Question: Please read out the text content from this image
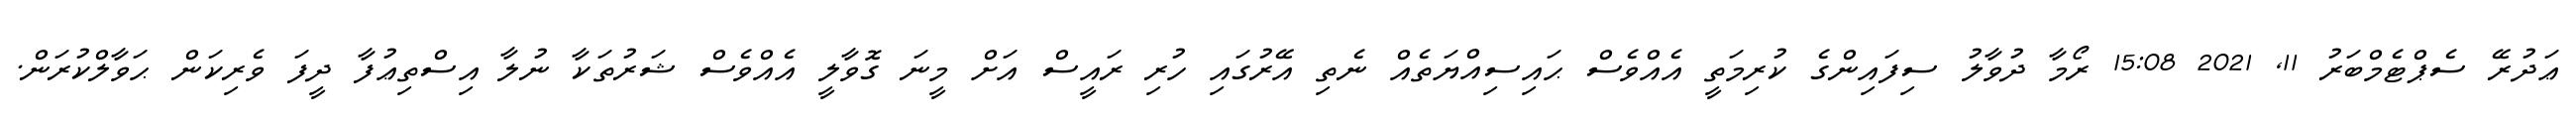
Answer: ޢަދުރޭ ސެޕްޓެމްބަރު 11, 2021 15:08 ރޯމާ ދުވާލު ސިފައިންގެ ކުރިމަތީ އެއްވެސް ޙައިސިއްޔަތެއް ނެތި އޭރުގައި ހުރި ރައީސް އަށް މީނަ ގޮވާލީ އެއްވެސް ޝަރުތަކާ ނުލާ އިސްތިޢުފާ ދީފަ ވެރިކަން ޙަވާލްކުރަން.